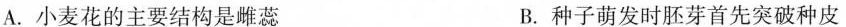
A.小麦花的主要结构是雌蕊 B.种子萌发时胚芽首先突破种皮